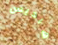
هاديس